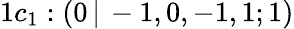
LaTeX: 1c_{1}:(0\, |\, -1,0,-1,1;1)